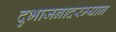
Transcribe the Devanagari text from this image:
दुभाजनादरम्यान